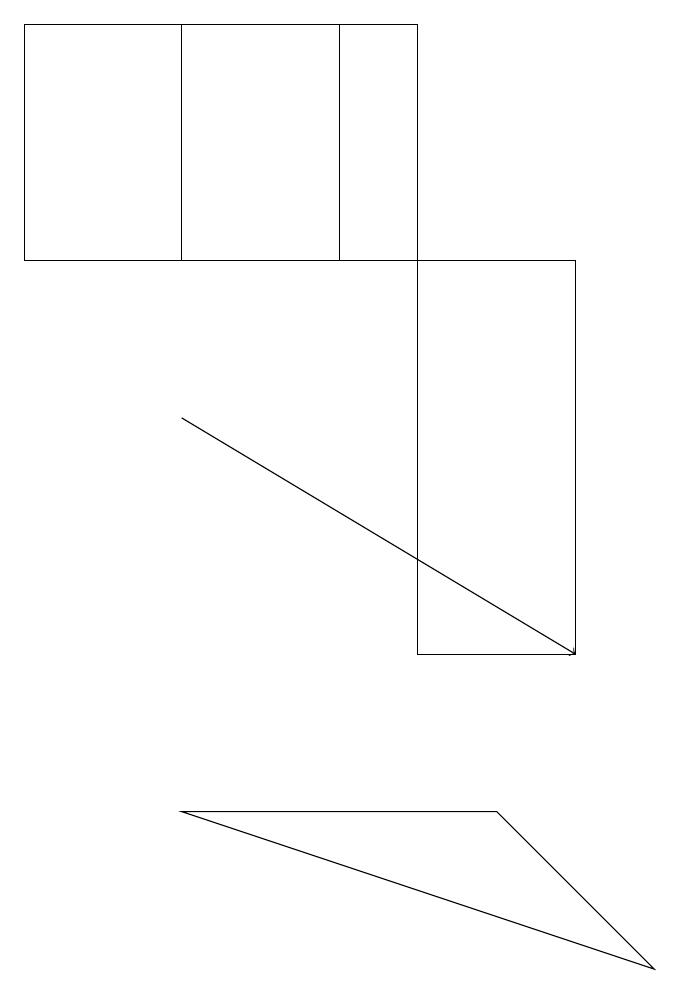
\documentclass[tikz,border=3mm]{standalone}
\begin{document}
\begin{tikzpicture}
\draw (6,9) -- (2,9) -- (8,7) -- cycle;
\draw (7,16) rectangle (5,11);
\draw (2,19) rectangle (5,16);
\draw[->] (2,14) -- (7,11);
\draw (4,19) rectangle (0,16);
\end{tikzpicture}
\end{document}